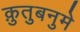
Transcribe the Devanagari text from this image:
क़ुतुबनुमे